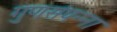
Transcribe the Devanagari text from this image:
गुणसंपन्ना